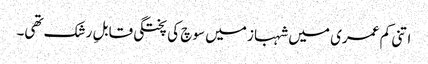
اتنی کم عمری میں شہباز میں سوچ کی پختگی قابلِ رشک تھی۔